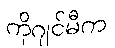
ကိုဂျင်မီက